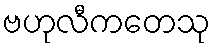
ဗဟုလီကတေသု